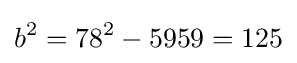
b^{2}=78^{2}-5959=125